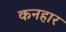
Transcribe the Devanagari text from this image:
कनहार